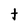
Character: t